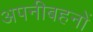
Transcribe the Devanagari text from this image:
अपनीबहनों